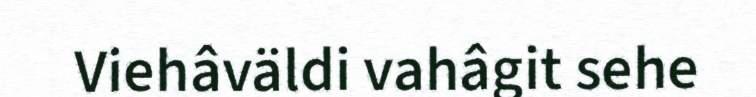
Viehâväldi vahâgit sehe